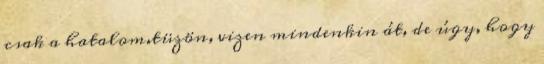
csak a hatalom.tüzön, vizen mindenkin át, de úgy, hogy